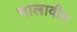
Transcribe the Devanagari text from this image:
चालावीत